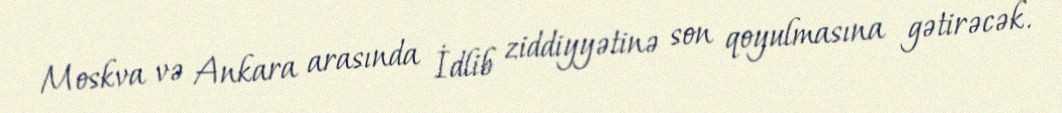
Moskva və Ankara arasında İdlib ziddiyyətinə son qoyulmasına gətirəcək.